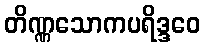
တိဏ္ဏသောကပရိဒ္ဒဝေ